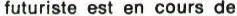
futuriste est en cours de